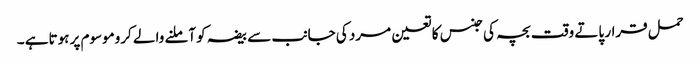
حمل قرار پاتے وقت بچہ کی جنس کا تعین مرد کی جانب سے بیضہ کو آملنے والے کروموسوم پر ہوتاہے ۔